Vaccination in the Punjab 1905-1918 - 1905-1918
Year: 1905
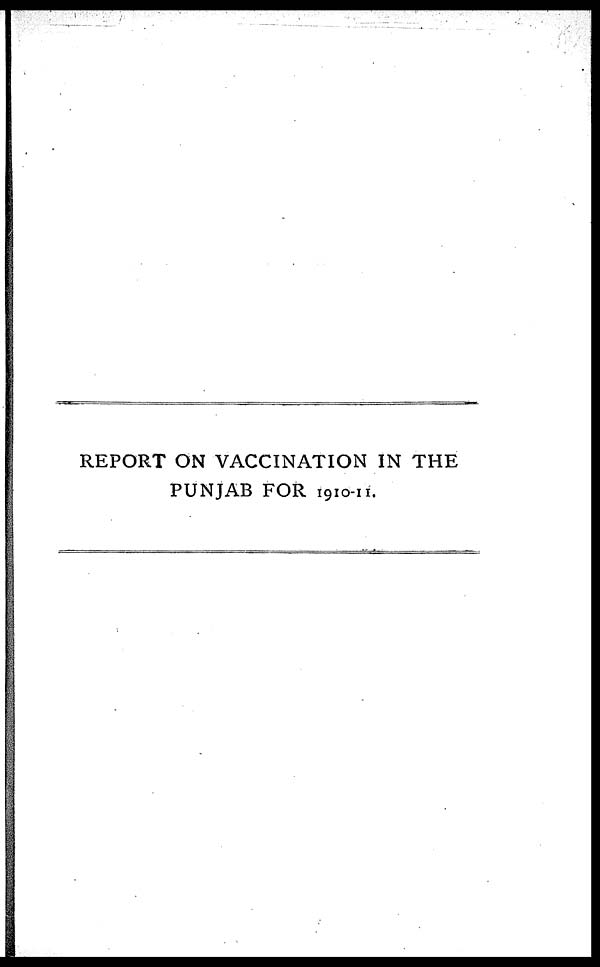
REPORT ON VACCINATION IN THE
PUNJAB FOR 1910-11.